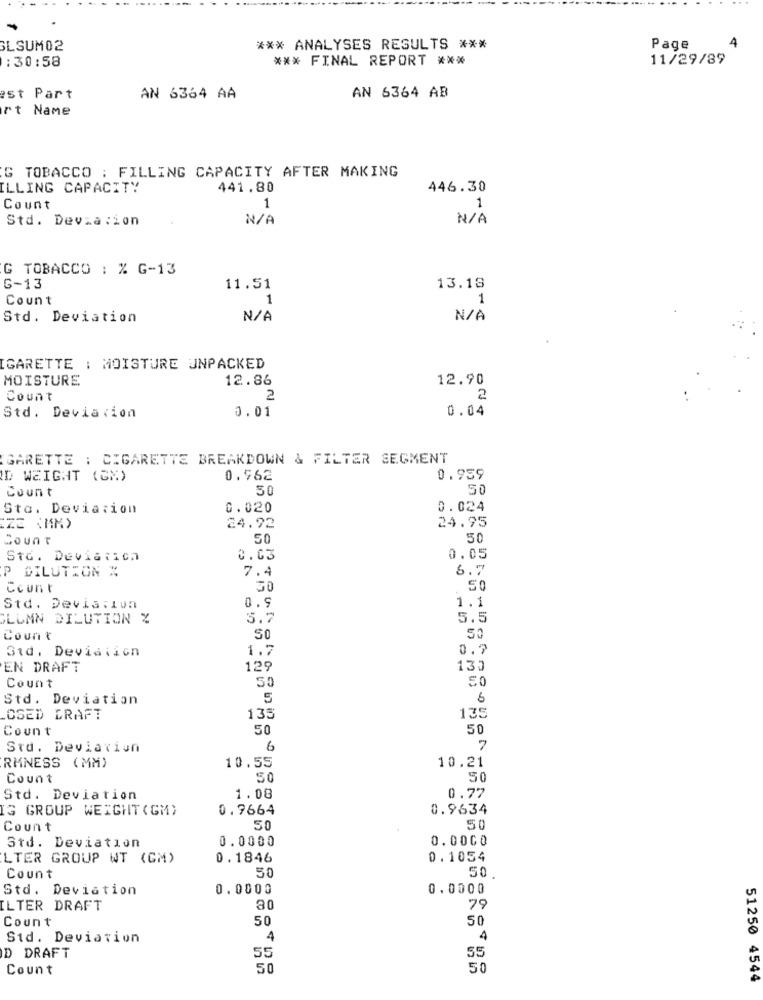
4
GLSUM02
*** ANALYSES RESULTS ***
Page
:30:58
*** FINAL REPORT ***
11/29/89
AN 6364 AB
est Part
AN 6364 AA
rt Name
G TOBACCO : FILLING CAPACITY AFTER MAKING
[LLING CAPACITY
441.80
446.30
1
Count
1
Std. Devzacion
G TOBACCO : % G-13
G-13
11.51
13.13
Count
1
1
Std. Deviation
[GARETTE : MOISTURE UNPACKED
MOISTURE
12.86
12.90
Count
2
2
0.04
Std. Deviarion
0.01
GARETTE : CIGARETTE BREAKDOWN & FILTER SEGMENT
ID WEIGHT (GM)
0.962
0.959
Count
50
50
Sto. Deviation
0.020
0.024
ZE (MM)
24.92
24.95
Count
50
50
Std. Deviarich
0.03
0.05
P DILUTION X
6.7
7.4
Count
50
50
1.1
Std. Deviation
0.9
GLEMN DILUTION %
5.7
5.5
50
Count
50
31d, Devisiion
1.7
0.7
EN DRAFT
129
130
50
Count
Std. Deviation
5
6
135
OSED DRAFT
135
Count
50
50
Std. Deviation
6
7
RMNESS (MM)
10.55
10.21
Count
50
50
Std. Deviation
1.08
0.77
IG GROUP WEIGHT (GM)
0.9664
0.9634
Count
50
50
0.0000
0.000O
Std. Deviation
LTER GROUP WT (GM)
0.1846
0.1054
50
50
Count
Std. Deviation
0.0000
0.0000
ILTER DRAFT
30
79
Count
50
50
Std. Deviation
4
4
D DRAFT
55
55
Count
50
50
51250 4544